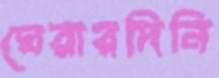
ঘেরারদিনি